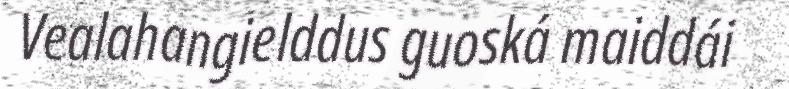
Vealahangielddus guoská maiddái